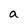
Character: a